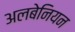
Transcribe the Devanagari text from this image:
अलबेनियन